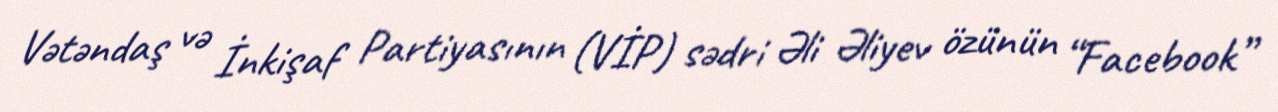
Vətəndaş və İnkişaf Partiyasının (VİP) sədri Əli Əliyev özünün “Facebook”